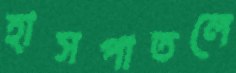
হাসপাতলে